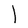
Character: l